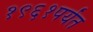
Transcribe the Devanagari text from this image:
१९६१पर्यंत